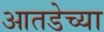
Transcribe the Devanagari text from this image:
आतडेच्या